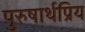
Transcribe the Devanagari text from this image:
पुरुषार्थप्रिय